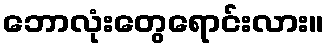
ဘောလုံးတွေရောင်းလား။